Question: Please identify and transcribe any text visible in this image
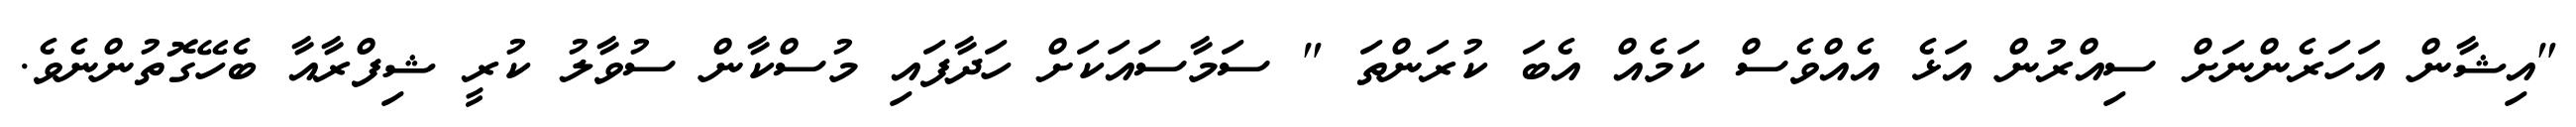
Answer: "އިޝާން އަހަރެންނަށް ސިއްރުން އަޅެ އެއްވެސް ކަމެއް އެބަ ކުރަންތަ " ސަމާސައަކަށް ހަދާފައި މުސްކާން ސުވާލު ކުރީ ޝިފްރާއާ ބެހޭގޮތުންނެވެ.